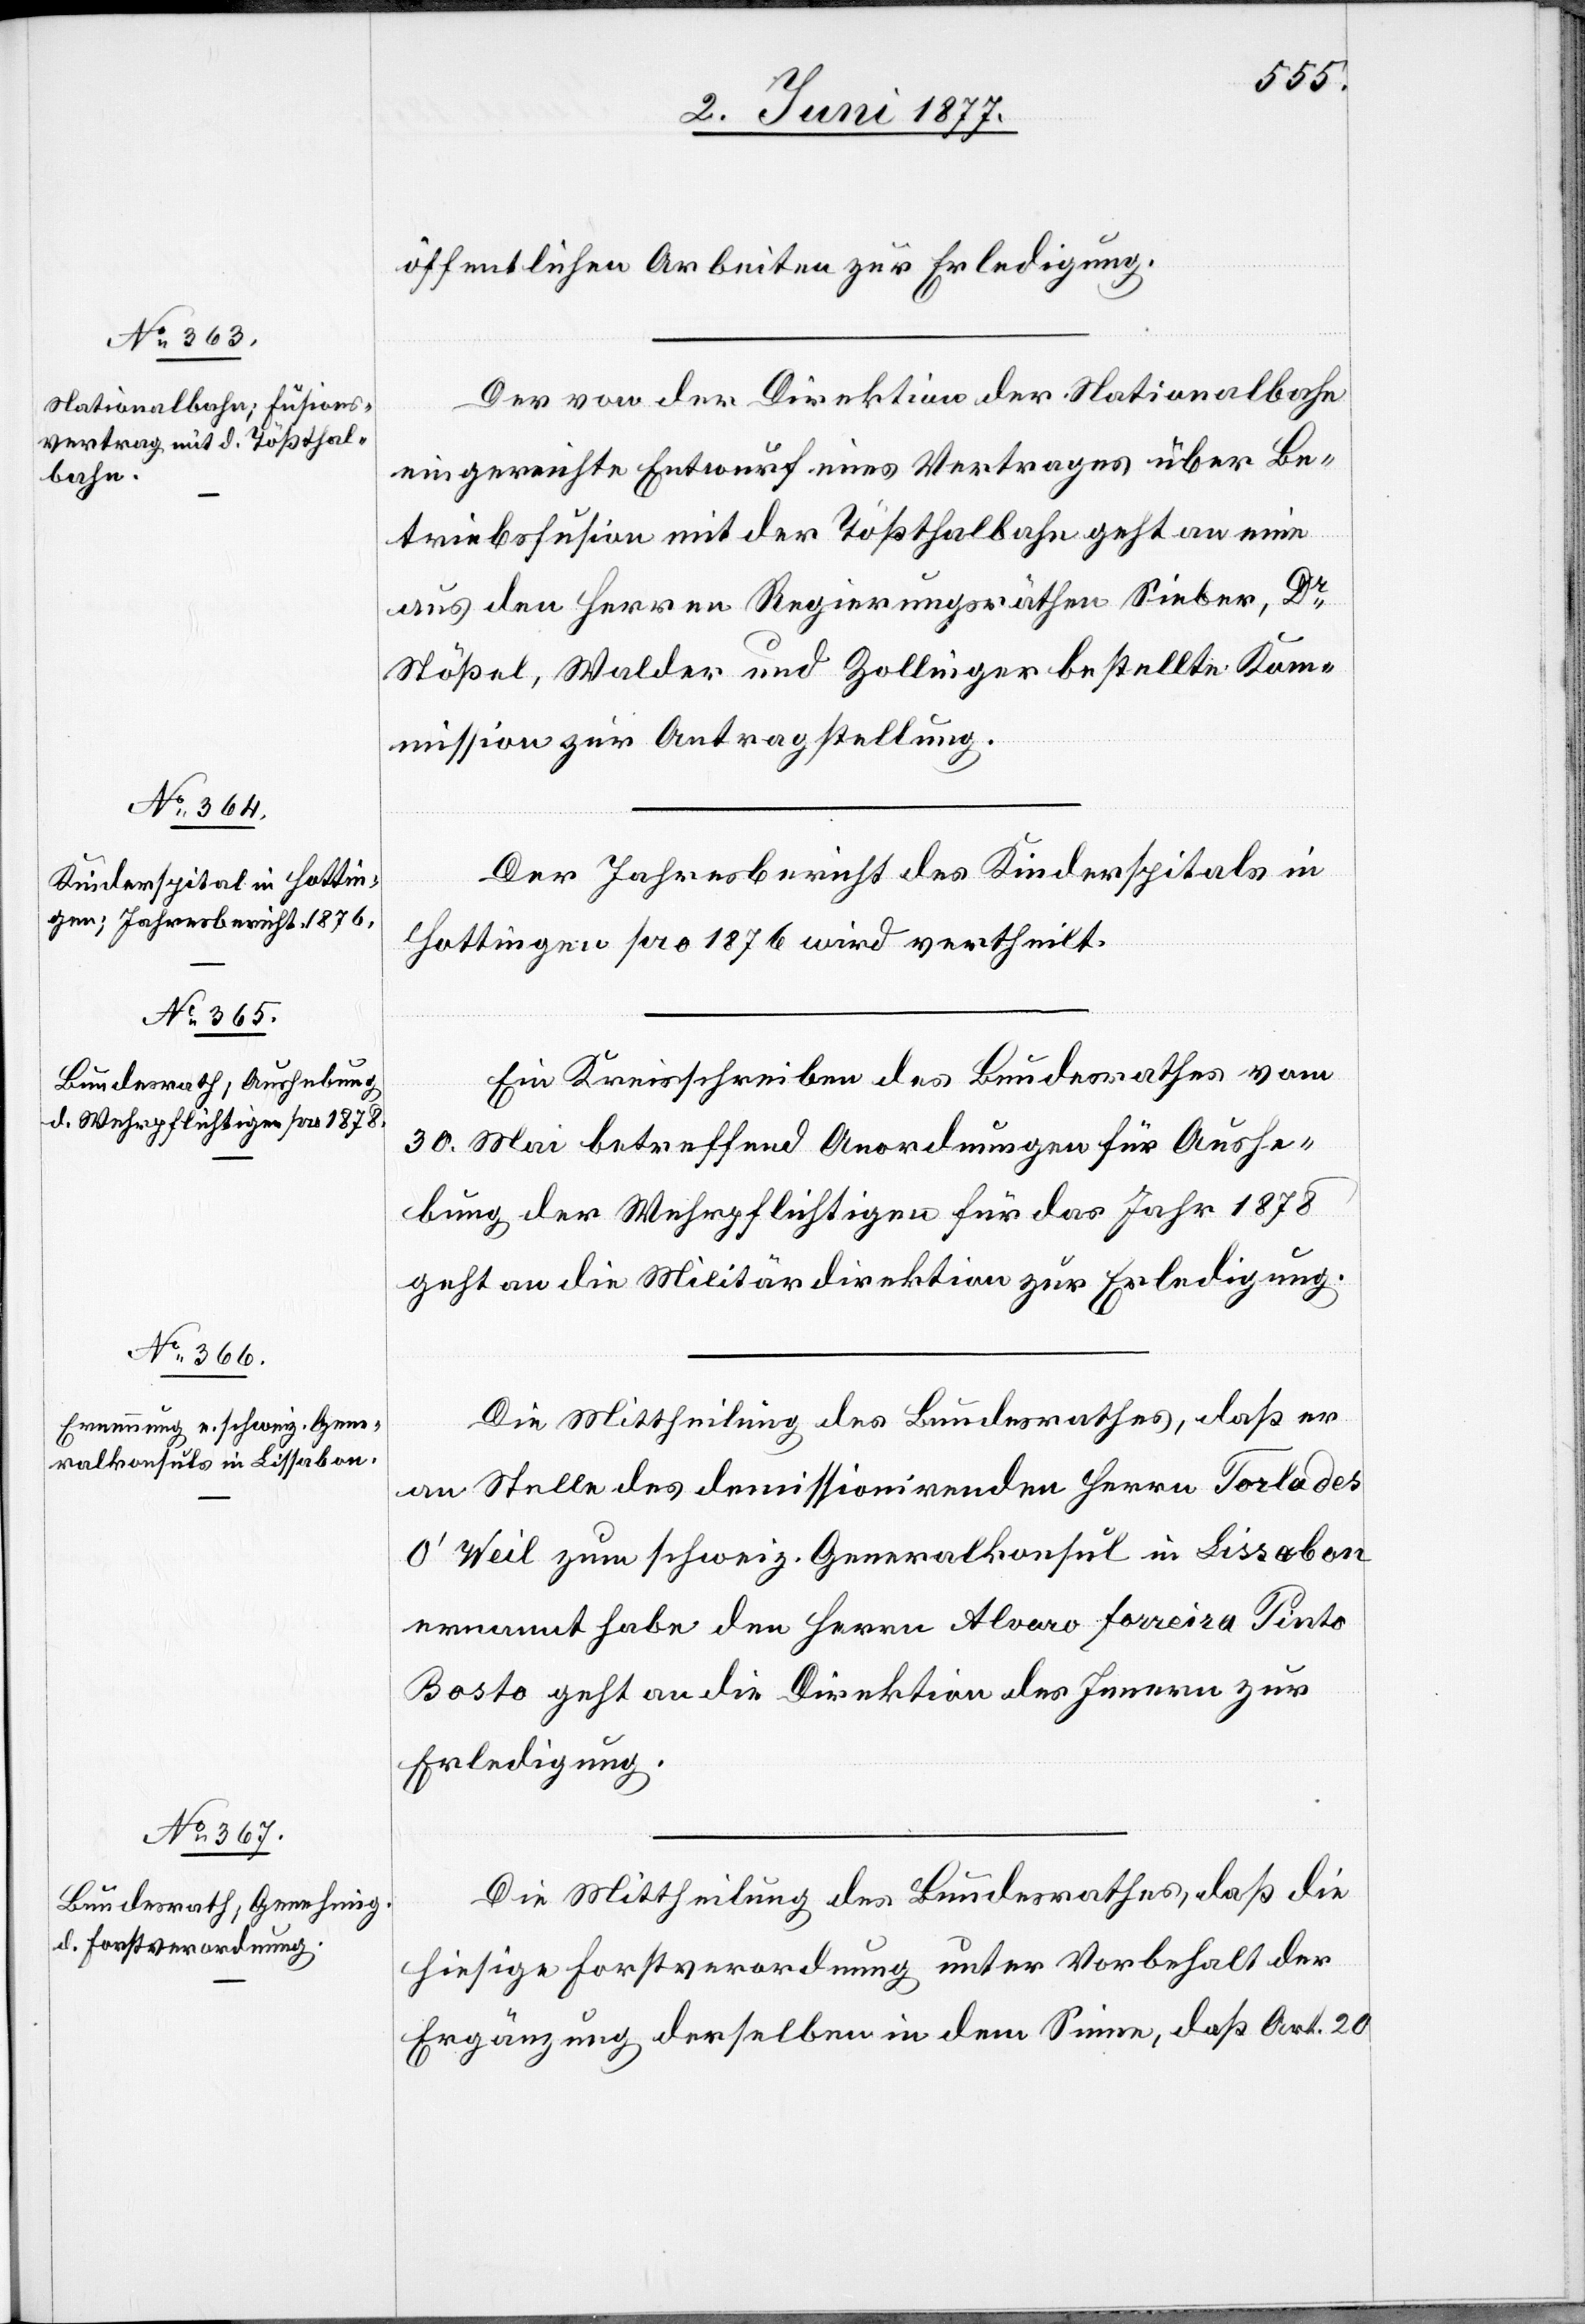
öffentlichen Arbeiten zur Erledigung.
Der von der Direktion der Nationalbahn
eingereichte Entwurf eines Vertrages über Be¬
triebsfusion mit der Tößthalbahn geht an eine
aus den Herren Regierungsräthen Sieber, Dr
Stößel, Walder und Zollinger bestellte Kom¬
mission zur Antragstellung.
Der Jahresbericht des Kinderspitals in
Hottingen pro 1876 wird vertheilt.
Ein Kreisschreiben des Bundesrathes vom
30. Mai betreffend Anordnungen für Aushe¬
bung der Wehrpflichtigen für das Jahr 1878
geht an die Militärdirektion zur Erledigung.
Die Mittheilung des Bundesrathes, daß er
an Stelle des demissionirenden Herrn Torlades
O’Weil zum schweiz. Generalkonsul in Lissabon
ernannt habe den Herrn Alvaro Forreira Tinto
Bosto geht an die Direktion des Innern zur
Erledigung.
Die Mittheilung des Bundesrathes, daß die
hiesige Forstverordnung unter Vorbehalt der
Ergänzung derselben in dem Sinne, daß Art. 20